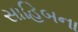
સાહિબના